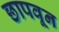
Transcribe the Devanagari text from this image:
छापवून